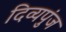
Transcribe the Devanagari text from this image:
दिव्यपुंज